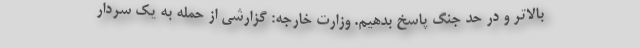
بالاتر و در حد جنگ پاسخ بدهیم. وزارت خارجه: گزارشی از حمله به یک سردار